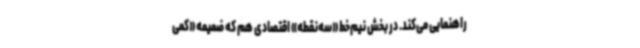
راهنمایی می‌کند. در بخش نیم‌خط «سه‌نقطه» اقتصادی هم که ضمیمه «کمی